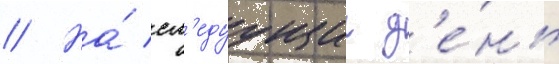
// На́ сл'едуущии д'е́нь